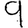
Digit: 9